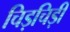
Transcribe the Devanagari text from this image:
चिड़चिड़ी